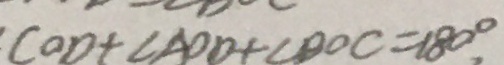
C O D + \angle A O D + \angle D O C = 1 8 0 ^ { \circ }